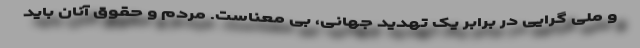
و ملی گرایی در برابر یک تهدید جهانی، بی معناست. مردم و حقوق آنان باید